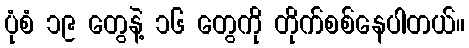
ပုံစံ ၁၉ တွေနဲ့ ၁၆ တွေကို တိုက်စစ်နေပါတယ်။